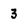
Character: 3